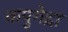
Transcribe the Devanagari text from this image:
कपुगेद्रा